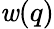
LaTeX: \mathit{w}(q)